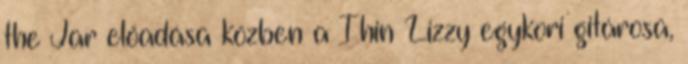
the Jar előadása közben a Thin Lizzy egykori gitárosa,